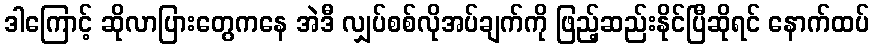
ဒါကြောင့် ဆိုလာပြားတွေကနေ အဲဒီ လျှပ်စစ်လိုအပ်ချက်ကို ဖြည့်ဆည်းနိုင်ပြီဆိုရင် နောက်ထပ်